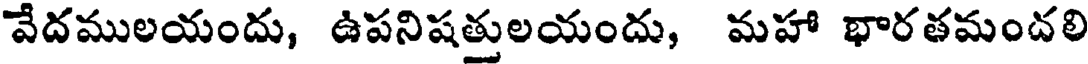
వేదములయందు, ఉపనిషత్తులయందు, మహా భారతమందలి